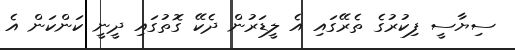
ސިޔާސީ ފިކުރުގެ ތެރޭގައި އެ ލީޑަރުން ދެކޭ ގޮތުގައި ދީނީ ކަންކަން އެ